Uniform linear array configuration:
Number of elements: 24
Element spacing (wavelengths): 1
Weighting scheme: hamming
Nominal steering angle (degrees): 30
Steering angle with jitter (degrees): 28.7
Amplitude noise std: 0.05
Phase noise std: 0.05

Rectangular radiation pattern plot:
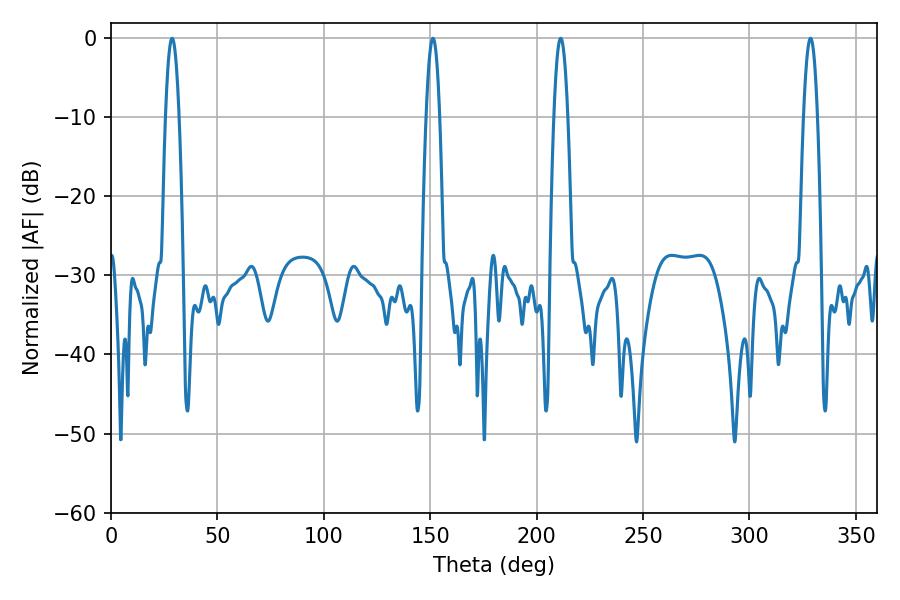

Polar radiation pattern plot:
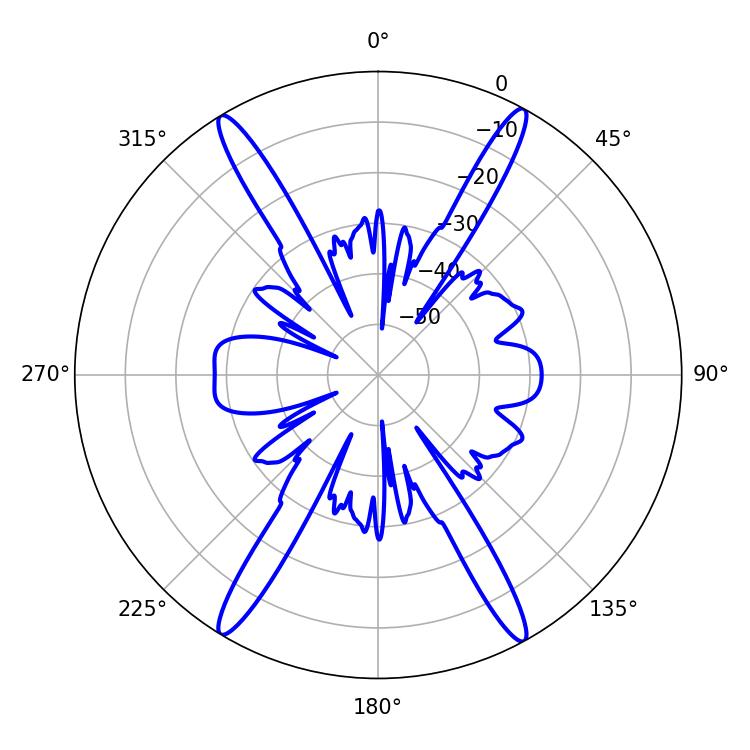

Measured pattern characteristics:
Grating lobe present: TRUE
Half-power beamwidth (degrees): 3.6
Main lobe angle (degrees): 211.32